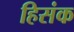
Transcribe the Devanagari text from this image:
हिसंक